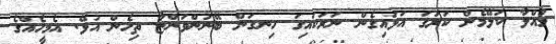
މުއްލާ ކަލޭމެން ކަރުގަ އަޅައިގެން ނަރަކައިގަ ހިނގަން ބޭނުންވަންޏާ ތިހެން އުޅޭ. އެމީހެއްގެ